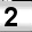
Digit: 2